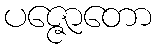
ပဇ္ဇောတော